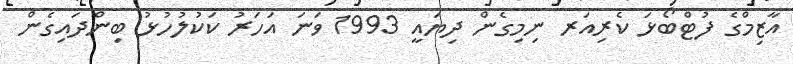
އާޒިމްގެ ފުޓްބޯޅަ ކެރިއަރ ނިމިގެން ދިޔައީ 1993 ވަނަ އަހަރު ކަކުލުހުޅު ބިންދައިގެން